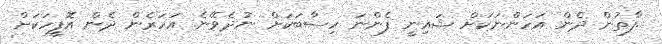
.ފާތުން ދެން އަހަންނަކަށް ޝައިނީ ފެންނަ ހިސާބަކަށް ނުދެވޭނެ. އަހަރެން ދެން އޮފީހަކަށް